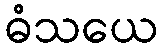
ဓံသယေ